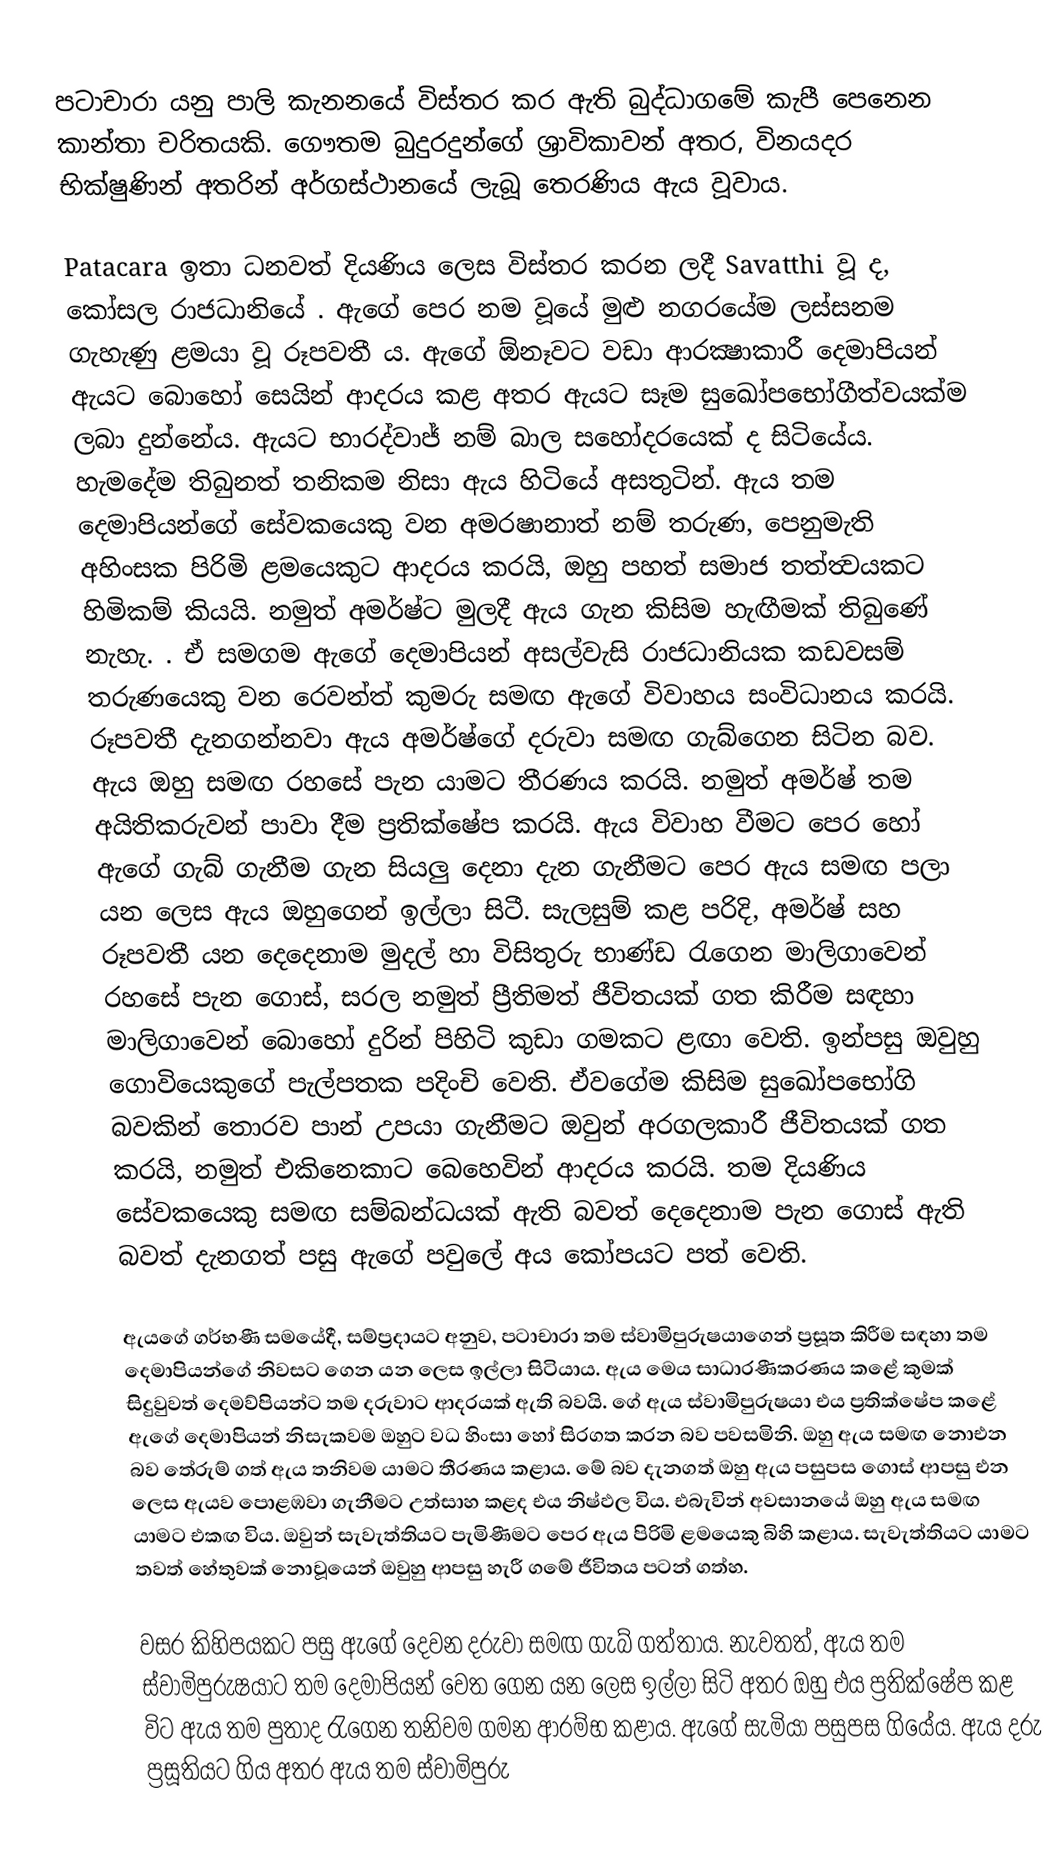
පටාචාරා යනු පාලි කැනනයේ විස්තර කර ඇති බුද්ධාගමේ කැපී පෙනෙන කාන්තා චරිතයකි. ගෞතම බුදුරදුන්ගේ ශ්‍රාවිකාවන් අතර, විනයදර භික්ෂුණින් අතරින් අර්ගස්ථානයේ ලැබූ තෙරණිය ඇය වූවාය.

Patacara ඉතා ධනවත්  දියණිය ලෙස විස්තර කරන ලදී Savatthi වූ ද, කෝසල රාජධානියේ . ඇගේ පෙර නම වූයේ මුළු නගරයේම ලස්සනම ගැහැණු ළමයා වූ රූපවතී ය. ඇගේ ඕනෑවට වඩා ආරක්‍ෂාකාරී දෙමාපියන් ඇයට බොහෝ සෙයින් ආදරය කළ අතර ඇයට සෑම සුඛෝපභෝගීත්වයක්ම ලබා දුන්නේය. ඇයට භාරද්වාජ් නම් බාල සහෝදරයෙක් ද සිටියේය. හැමදේම තිබුනත් තනිකම නිසා ඇය හිටියේ අසතුටින්. ඇය තම දෙමාපියන්ගේ සේවකයෙකු වන අමරෂානාත් නම් තරුණ, පෙනුමැති අහිංසක පිරිමි ළමයෙකුට ආදරය කරයි, ඔහු පහත් සමාජ තත්ත්‍වයකට හිමිකම් කියයි. නමුත් අමර්ෂ්ට මුලදී ඇය ගැන කිසිම හැඟීමක් තිබුණේ නැහැ. . ඒ සමගම ඇගේ දෙමාපියන් අසල්වැසි රාජධානියක කඩවසම් තරුණයෙකු වන රෙවන්ත් කුමරු සමඟ ඇගේ විවාහය සංවිධානය කරයි. රූපවතී දැනගන්නවා ඇය අමර්ෂ්ගේ දරුවා සමඟ ගැබ්ගෙන සිටින බව. ඇය ඔහු සමඟ රහසේ පැන යාමට තීරණය කරයි. නමුත් අමර්ෂ් තම අයිතිකරුවන් පාවා දීම ප්‍රතික්ෂේප කරයි. ඇය විවාහ වීමට පෙර හෝ ඇගේ ගැබ් ගැනීම ගැන සියලු දෙනා දැන ගැනීමට පෙර ඇය සමඟ පලා යන ලෙස ඇය ඔහුගෙන් ඉල්ලා සිටී. සැලසුම් කළ පරිදි, අමර්ෂ් සහ රූපවතී යන දෙදෙනාම මුදල් හා විසිතුරු භාණ්ඩ රැගෙන මාලිගාවෙන් රහසේ පැන ගොස්, සරල නමුත් ප්‍රීතිමත් ජීවිතයක් ගත කිරීම සඳහා මාලිගාවෙන් බොහෝ දුරින් පිහිටි කුඩා ගමකට ළඟා වෙති. ඉන්පසු ඔවුහු ගොවියෙකුගේ පැල්පතක පදිංචි වෙති. ඒවගේම කිසිම සුඛෝපභෝගි බවකින් තොරව පාන් උපයා ගැනීමට ඔවුන් අරගලකාරී ජීවිතයක් ගත කරයි, නමුත් එකිනෙකාට බෙහෙවින් ආදරය කරයි. තම දියණිය සේවකයෙකු සමඟ සම්බන්ධයක් ඇති බවත් දෙදෙනාම පැන ගොස් ඇති බවත් දැනගත් පසු ඇගේ පවුලේ අය කෝපයට පත් වෙති.

ඇයගේ ගර්භණී සමයේදී, සම්ප්‍රදායට අනුව, පටාචාරා  තම ස්වාමිපුරුෂයාගෙන් ප්‍රසූත කිරීම සඳහා තම දෙමාපියන්ගේ නිවසට ගෙන යන ලෙස ඉල්ලා සිටියාය. ඇය මෙය සාධාරණීකරණය කළේ කුමක් සිදුවුවත් දෙමව්පියන්ට තම දරුවාට ආදරයක් ඇති බවයි. ගේ ඇය ස්වාමිපුරුෂයා එය ප්‍රතික්ෂේප කළේ ඇගේ දෙමාපියන් නිසැකවම ඔහුට වධ හිංසා හෝ සිරගත කරන බව පවසමිනි. ඔහු ඇය සමඟ නොඑන බව තේරුම් ගත් ඇය තනිවම යාමට තීරණය කළාය. මේ බව දැනගත් ඔහු ඇය පසුපස ගොස් ආපසු එන ලෙස ඇයව පොළඹවා ගැනීමට උත්සාහ කළද එය නිෂ්ඵල විය. එබැවින් අවසානයේ ඔහු ඇය සමඟ යාමට එකඟ විය. ඔවුන් සැවැත්තියට පැමිණීමට පෙර ඇය පිරිමි ළමයෙකු බිහි කළාය. සැවැත්තියට යාමට තවත් හේතුවක් නොවූයෙන් ඔවුහු ආපසු හැරී ගමේ ජීවිතය පටන් ගත්හ.

වසර කිහිපයකට පසු ඇගේ දෙවන දරුවා සමඟ ගැබ් ගත්තාය. නැවතත්, ඇය තම ස්වාමිපුරුෂයාට තම දෙමාපියන් වෙත ගෙන යන ලෙස ඉල්ලා සිටි අතර ඔහු එය ප්‍රතික්ෂේප කළ විට ඇය තම පුතාද රැගෙන තනිවම ගමන ආරම්භ කළාය. ඇගේ සැමියා පසුපස ගියේය. ඇය දරු ප්‍රසූතියට ගිය අතර ඇය තම ස්වාමිපුරු